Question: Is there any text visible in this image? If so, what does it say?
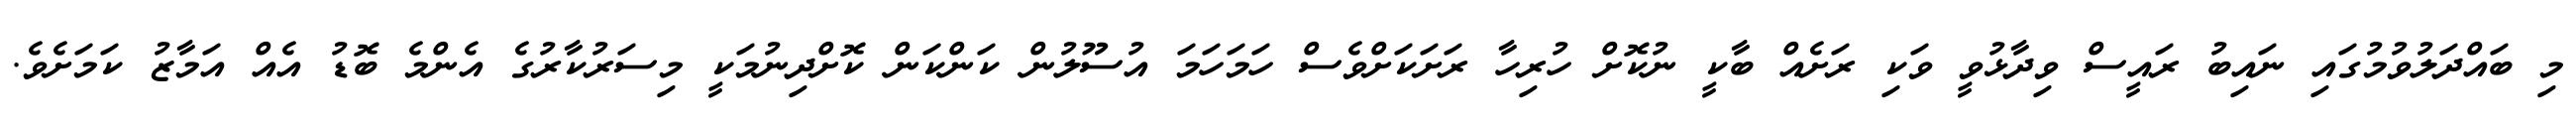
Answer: މި ބައްދަލުވުމުގައި ނައިބު ރައީސް ވިދާޅުވީ ވަކި ރަށެއް ބާކީ ނުކޮށް ހުރިހާ ރަށަކަށްވެސް ހަމަހަމަ އުސޫލުން ކަންކަން ކޮށްދިނުމަކީ މިސަރުކާރުގެ އެންމެ ބޮޑު އެއް އަމާޒު ކަމަށެވެ.